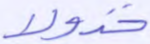
خذولا